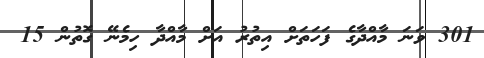
301 ވަނަ މާއްދާގެ ފަހަތަށް އިތުރު އަށް މާއްދާ ހިމެނޭ ގޮތުން 15